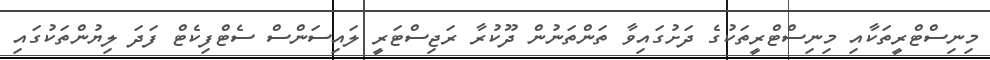
މިނިސްޓްރީތަކާއި މިނިސްޓްރީތަކުގެ ދަށުގައިވާ ތަންތަނުން ދޫކުރާ ރަޖިސްޓަރީ ލައިސަންސް ސެޓްފިކެޓް ފަދަ ލިޔުންތަކުގައި